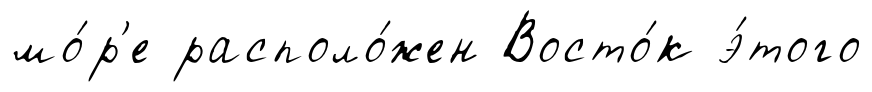
мо́р'е располо́жен Восто́к э́того